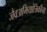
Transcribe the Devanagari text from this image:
जैवअभियांत्रिकीचा